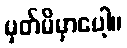
မှတ်မိမှာပေါ့။